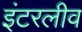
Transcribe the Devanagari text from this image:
इंटरलीव